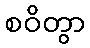
စဝိတွာ